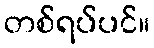
တစ်ရပ်ပင်။